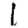
Digit: 1